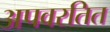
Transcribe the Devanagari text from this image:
अपवरतित